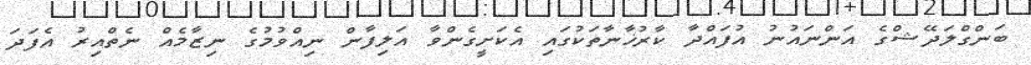
ބަންގްލަދޭޝްގެ އަންނައުނު އުފައްދާ ކާރުޚާނާތަކުގައި އެކަށީގެންވާ އަލިފާން ނިއްވުމުގެ ނިޒާމެއް ނެތްއިރު އެފަދަ